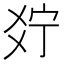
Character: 𤕞